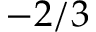
- 2 / 3